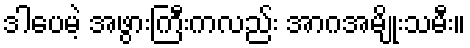
ဒါပေမဲ့ အဖွားကြီးကလည်း အာဂအမျိုးသမီး။